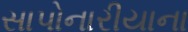
સાપોનારીયાના